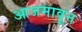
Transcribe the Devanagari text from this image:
आजमावून